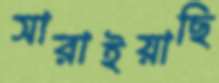
সারাইয়াছি